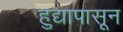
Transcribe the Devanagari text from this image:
हुद्यापासून